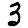
Digit: 3